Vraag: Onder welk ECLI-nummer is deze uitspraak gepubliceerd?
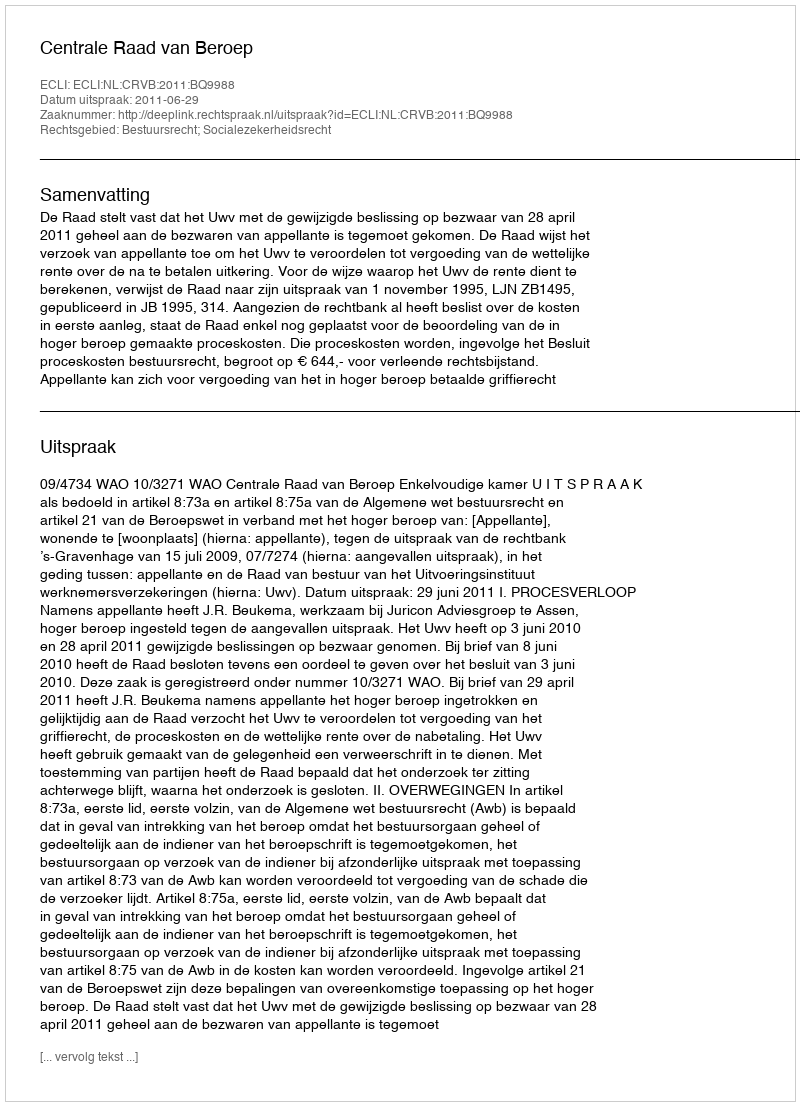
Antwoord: ECLI:NL:CRVB:2011:BQ9988